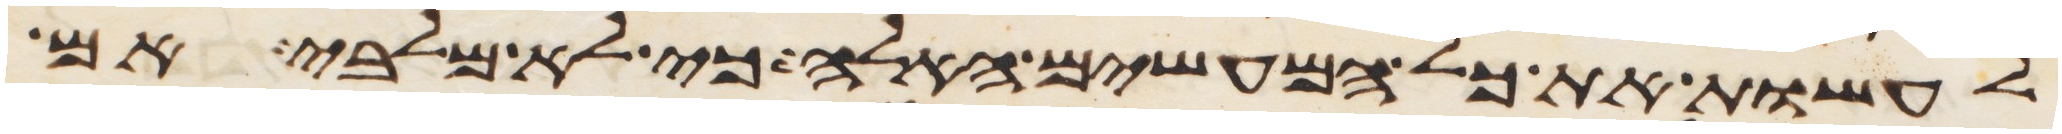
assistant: לעשות את כל המעשים האלה כי לא מלבי אם